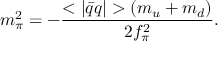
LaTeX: m _ { \pi } ^ { 2 } = - \frac { < | \bar { q } q | > ( m _ { u } + m _ { d } ) } { 2 f _ { \pi } ^ { 2 } } .